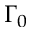
\Gamma _ { 0 }